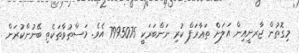
މިގޮތުން ޖާރނީއިން އަލަށް ތަޢާރަފް ކުރި ނަންބަރަކީ 7995075 އެވެ. މަސްތުވާތަކެތި ބޭނުންކުރަން